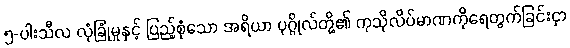
၅-ပါးသီလ လုံခြုံမှုနှင့် ပြည့်စုံသော အရိယာ ပုဂ္ဂိုလ်တို့၏ ကုသိုလိပ်မာဏကိုရေတွက်ခြင်းငှာ